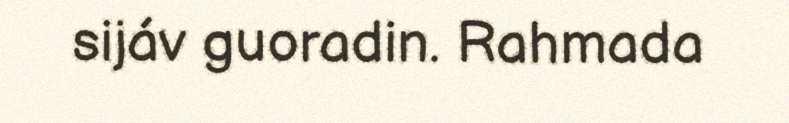
sijáv guoradin. Rahmada